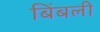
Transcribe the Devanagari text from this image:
बिंबली